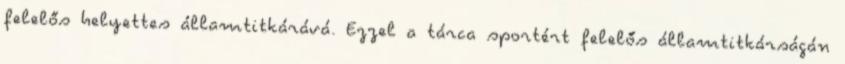
felelős helyettes államtitkárává. Ezzel a tárca sportért felelős államtitkárságán